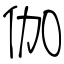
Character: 伽